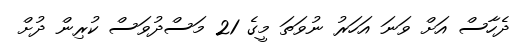
ދެހާސް އަށް ވަނަ އަހަރު ނުވަތަ މީގެ 21 މަސްދުވަސް ކުރިން ދުށް